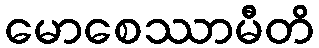
မောစေဿာမီတိ